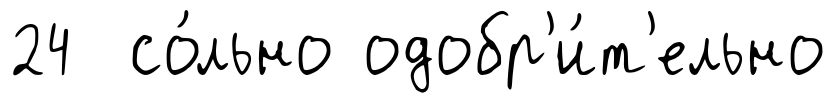
24 со́льно одобр'и́т'ельно